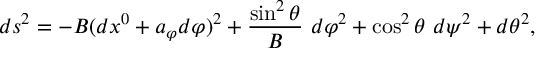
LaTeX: d s ^ { 2 } = - B ( d x ^ { 0 } + a _ { \varphi } d \varphi ) ^ { 2 } + { \frac { \sin ^ { 2 } \theta } { B } } ~ d \varphi ^ { 2 } + \cos ^ { 2 } \theta ~ d \psi ^ { 2 } + d \theta ^ { 2 } ,